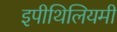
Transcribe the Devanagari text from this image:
इपीथिलियमी